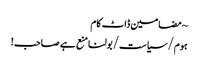
~ مضامین ڈاٹ کام
ہوم/سیاست/بولنا منع ہے صاحب!